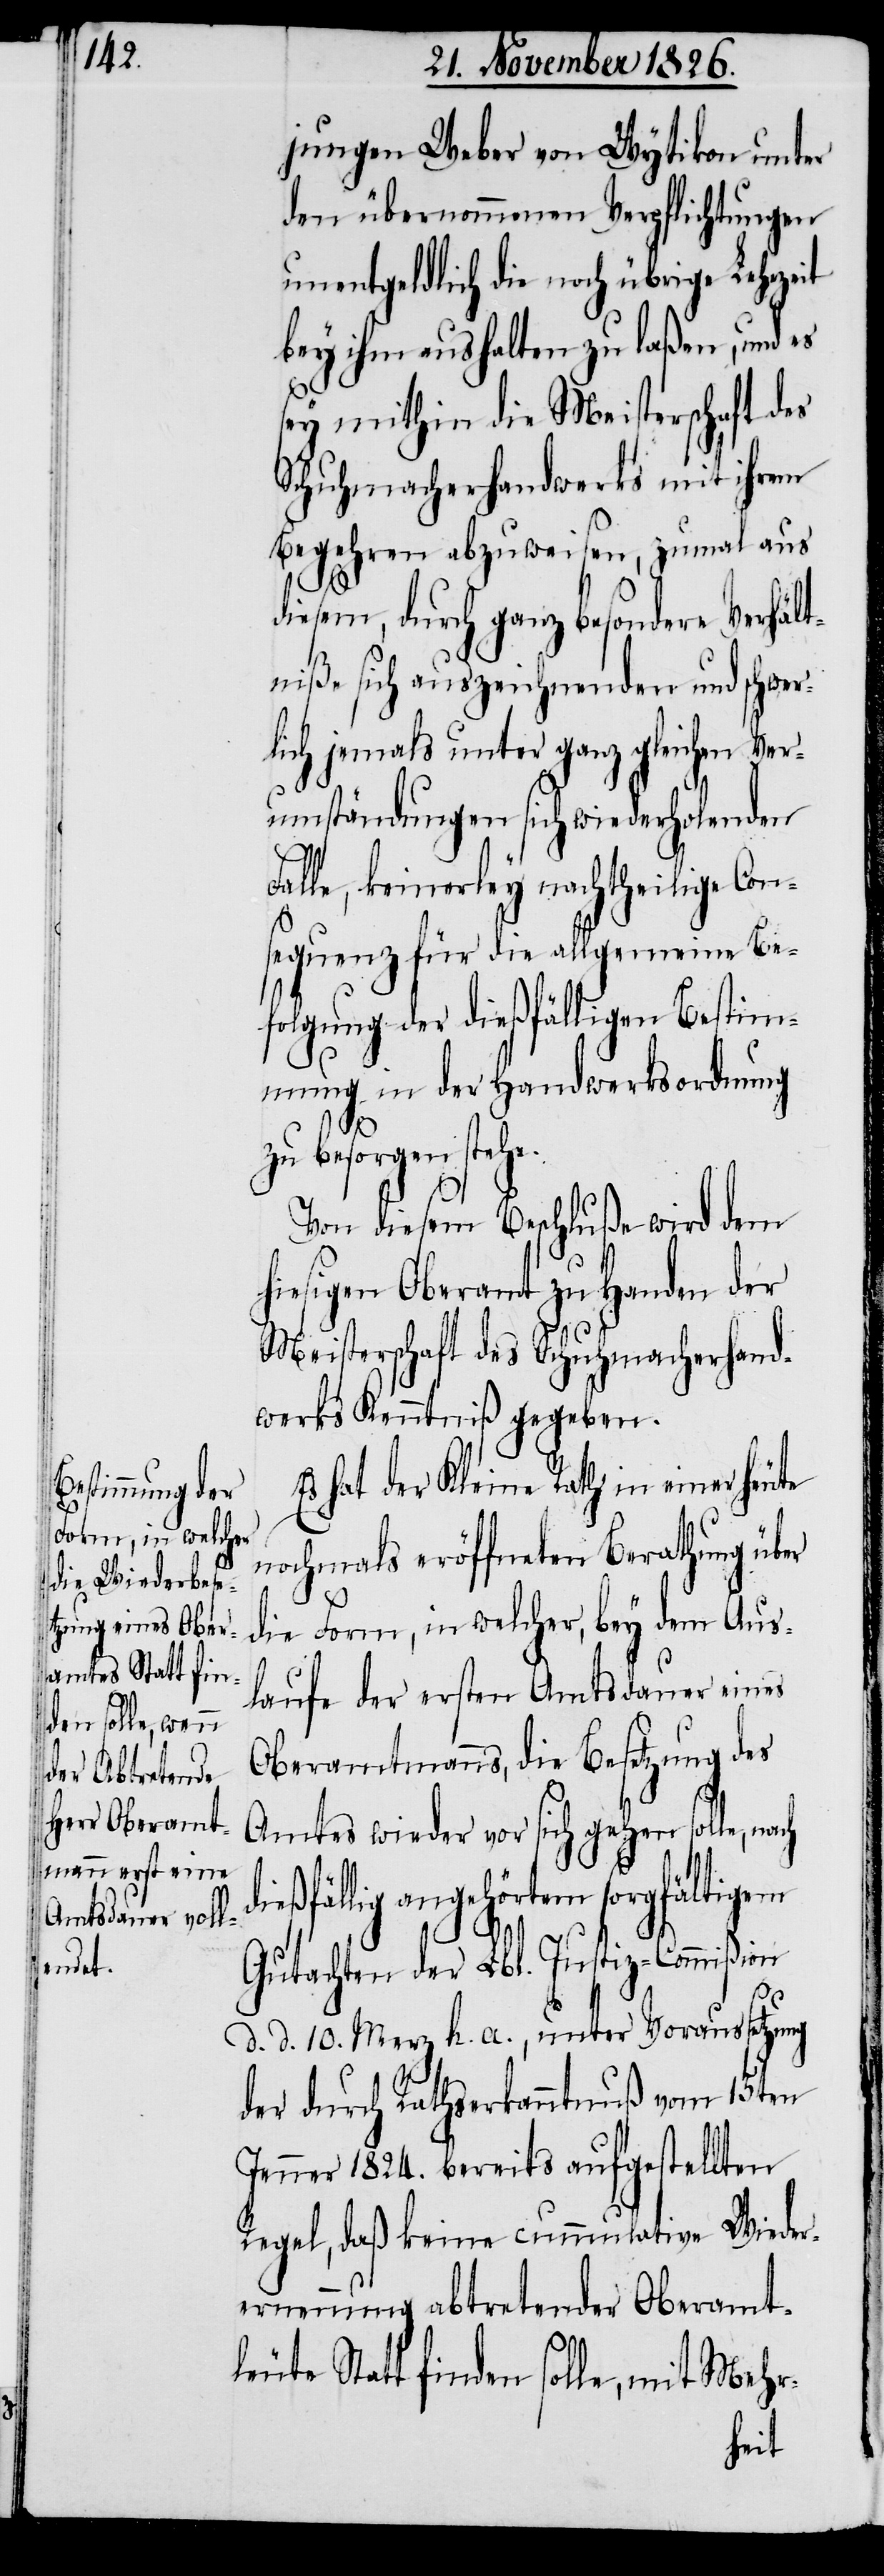
jungen Weber von Wytikon unter
den übernommenen Verpflichtungen
unentgeldlich die noch übrige Lehrzeit
bey ihm aushalten zu laßen, und es
sey mithin die Meisterschaft des
Schuhmacherhandwerks mit ihrem
Begehren abzuweisen, zumal aus
diesem, durch ganz besondere Verhäl¬
tniße sich auszeichnenden und schwer¬
lich jemals unter ganz gleichen Ver¬
umständungen sich wiederholenden
Falle, keinerley nachtheilige Con¬
sequenz für die allgemeine Be¬
folgung der dießfälligen Bestim¬
mung in der Handwerksordnung
zu besorgen stehe.
Von diesem Beschluße wird dem
hiesigen Oberamt zu Handen der
Meisterschaft des Schuhmacherhand¬
werks Kenntniß gegeben.
Es hat der Kleine Rath in einer heute
nochmals eröffneten Berathung über
die Form, in welcher, bey dem Aus¬
laufe der ersten Amtsdauer eines
Oberamtmanns, die Besetzung des
Amtes wieder vor sich gehen solle, nach
dießfällig angehörtem sorgfältigem
Gutachten der Lbl. Justiz-Commißion
d. d. 10. Merz h. a., unter Voraussetzung
der durch Rathserkanntnuß vom 15ten
Jenner 1824. bereits aufgestellten
Regel, daß keine cummulative Wieder¬
ernennung abtretender Oberamt¬
leute Statt finden solle, mit Mehr-